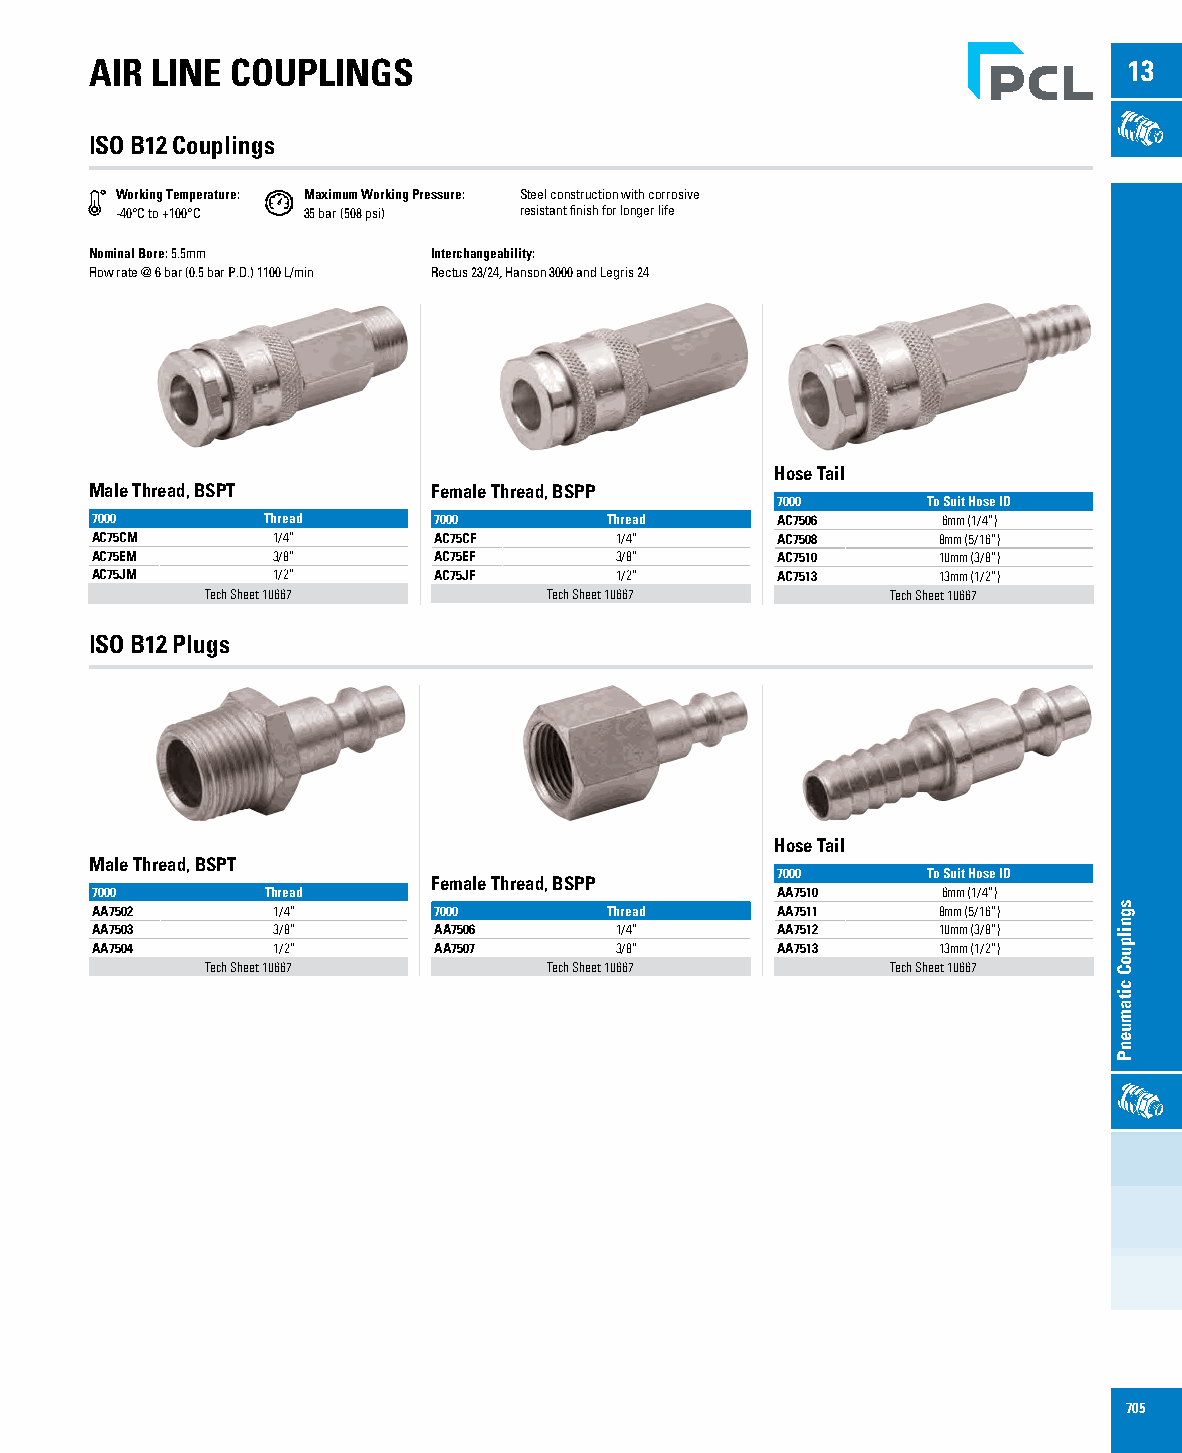
AIR LINE COUPLINGS                                                   13
 ISO B12 Couplings
 Working Temperature: Maximum Working Pressure: Steel construction with corrosive
 -40°C to +100°C 35 bar (508 psi) resistant finish for longer life
 Nominal Bore: 5.5mm    Interchangeability:
 Flow rate @ 6 bar (0.5 bar P.D.) 1100 L/min Rectus 23/24, Hanson 3000 and Legris 24
 Hose Tail
 Male Thread, BSPT      Female Thread, BSPP
 7000      To Suit Hose ID
 7000       Thread      7000       Thread     AC7506     6mm (1/4”)
 AC75CM      1/4”       AC75CF      1/4”      AC7508     8mm (5/16”)
 AC75EM      3/8”       AC75EF      3/8”      AC7510     10mm (3/8”)
 AC75JM      1/2”       AC75JF      1/2”      AC7513     13mm (1/2”)
 Tech Sheet 10667      Tech Sheet 10667       Tech Sheet 10667
 ISO B12 Plugs
 Hose Tail
 Male Thread, BSPT
 7000      To Suit Hose ID
 Female Thread, BSPP
 7000        Thread                           AA7510     6mm (1/4”)
 AA7502      1/4”       7000       Thread     AA7511     8mm (5/16”)
 AA7503      3/8”       AA7506      1/4”      AA7512     10mm (3/8”)
 AA7504      1/2”       AA7507      3/8”      AA7513     13mm (1/2”)
 Tech Sheet 10667      Tech Sheet 10667       Tech Sheet 10667
 705
 sgnilpuoC
 citamuenP